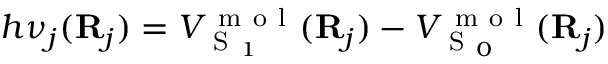
h \nu _ { j } ( \mathbf R _ { j } ) = V _ { \mathrm { ~ S ~ } _ { 1 } } ^ { \mathrm { ~ m ~ o ~ l ~ } } ( { \bf { R } } _ { j } ) - V _ { \mathrm { ~ S ~ } _ { 0 } } ^ { \mathrm { ~ m ~ o ~ l ~ } } ( { \bf { R } } _ { j } )